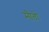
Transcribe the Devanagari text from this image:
मौतो